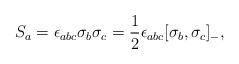
\begin{align*}S_{a} = \epsilon_{abc}\sigma_{b}\sigma_{c} =\frac{1}{2}\epsilon_{abc}[\sigma_{b},\sigma_{c}]_{-} ,\end{align*}